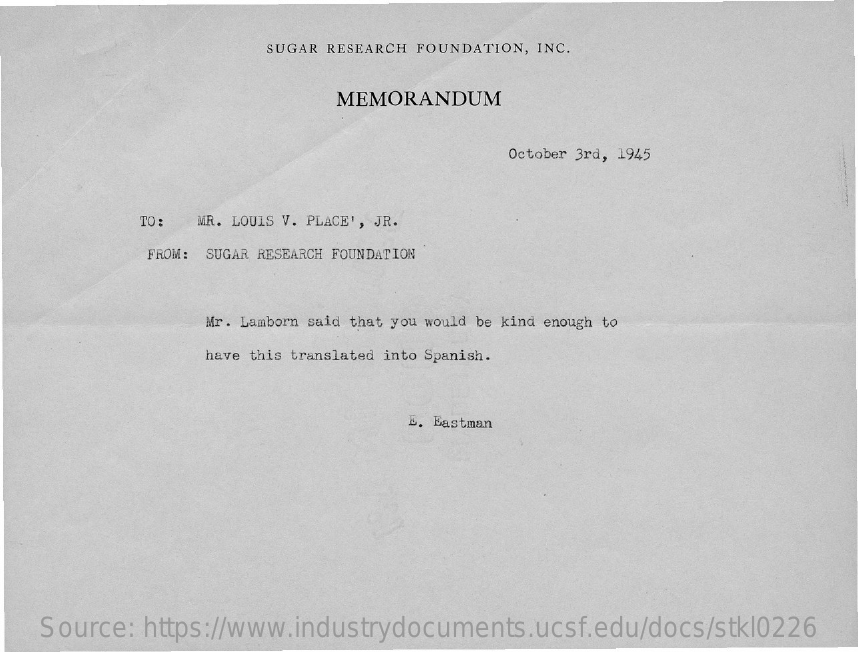
SUGAR RESEARCH FOUNDATION, INC.
     MEMORANDUM
     October 3rd, 1945
     TO : MR. LOUIS V. PLACE', JR.
     FROM: SUGAR RESEARCH FOUNDATION
     Mr. Lamborn said that you would be kind enough to
     have this translated into Spanish.
     E. Eastman
    Source: https://www.industrydocuments.ucsf.edu/docs/stkl0226